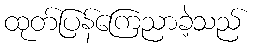
ထုတ်ပြန်ကြေညာခဲ့သည်